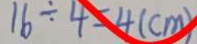
1 6 \div 4 = 4 ( c m )